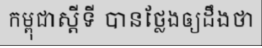
កម្ពុជាស្តីទី បានថ្លែងឲ្យដឹងថា